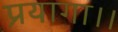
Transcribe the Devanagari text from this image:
प्रयागा।।